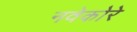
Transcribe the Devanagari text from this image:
नवेकोरे